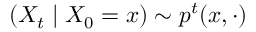
( X _ { t } \mid X _ { 0 } = x ) \sim p ^ { t } ( x , \cdot )